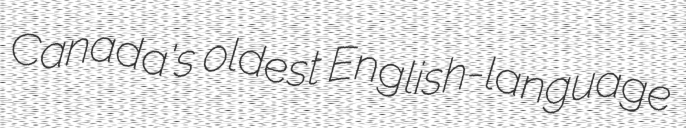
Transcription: Canada's oldest English-language